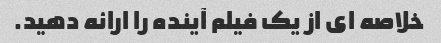
خلاصه ای از یک فیلم آینده را ارائه دهید.